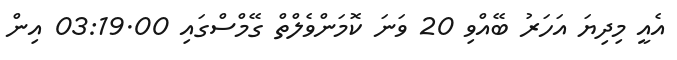
އެއީ މިދިޔަ އަހަރު ބޭއްވި 20 ވަނަ ކޮމަންވެލްތް ގޭމްސްގައި 03:19.00 އިން